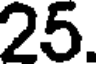
25.